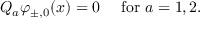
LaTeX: Q _ { a } \varphi _ { \pm , 0 } ( x ) = 0 ~ ~ ~ ~ \mathrm { f o r } ~ a = 1 , 2 .